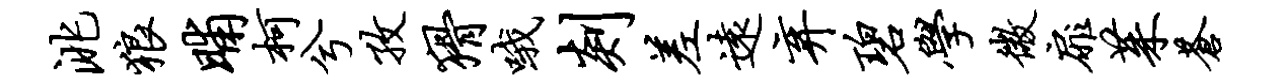
洮狼晡柯兮孜猾哦剡差远弃碧学微扉茱苍